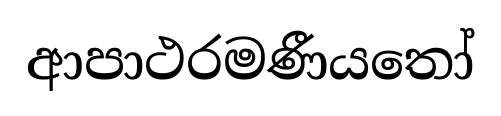
ආපාථරමණීයතෝ